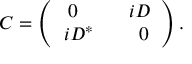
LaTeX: { \cal C } = \left( \begin{array} { c } { { \ 0 \quad \ \ \ \ \ i D } } \\ { { i D ^ { * } \quad \ \ \ \ 0 } } \end{array} \right) .